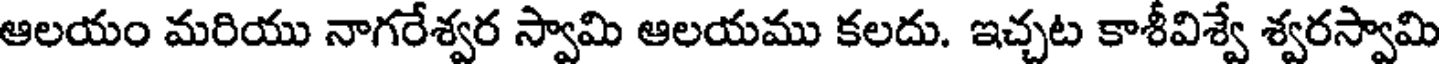
ఆలయం మరియు నాగరేశ్వర స్వామి ఆలయము కలదు. ఇచ్చట కాశీవిశ్వే శ్వరస్వామి